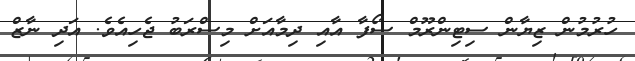
ހުރުމުން ޒިޔާން ސިޓިންރޫމް ސޯފާ އާއި ދިމާއަށް މިސްރަބު ޖެހިއެވެ. އަދި ނާޒް